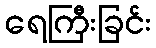
ရေကြီးခြင်း